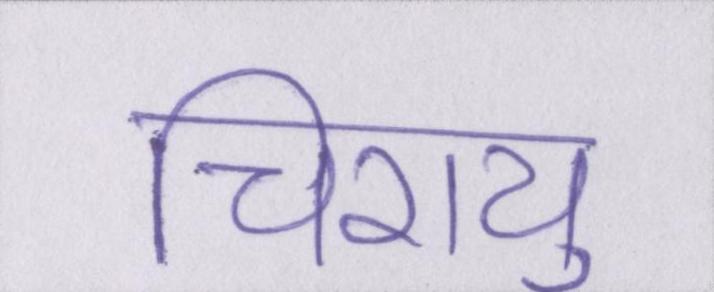
चिरायु